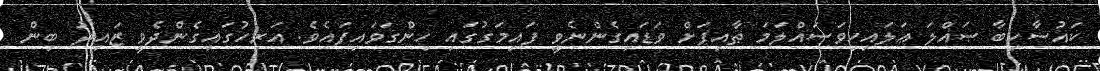
ކައުސާހިބާ ޞައްލަ ޢަލައިހިވަސައްލަމަ ޠާއިފަށް ވަޑައިގެންނެވީ ފައިމަގުގައި ހިންގަވައިފައެވެ. އަރިހުގައިގެންދެވީ ޒައިދު ބިން